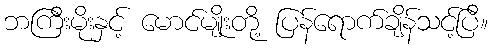
ဘကြီးမိုးနှင့် မောင်မျိုးတို့ ပြန်ရောက်ချိန်သင့်ပြီ။